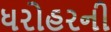
ધરોહરની